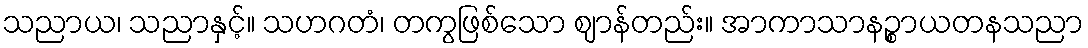
သညာယ၊ သညာနှင့်။ သဟဂတံ၊ တကွဖြစ်သော ဈာန်တည်း။ အာကာသာနဉ္စာယတနသညာ